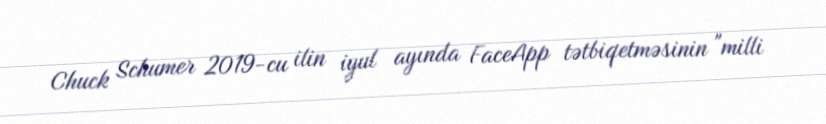
Chuck Schumer 2019-cu ilin iyul ayında FaceApp tətbiqetməsinin "milli